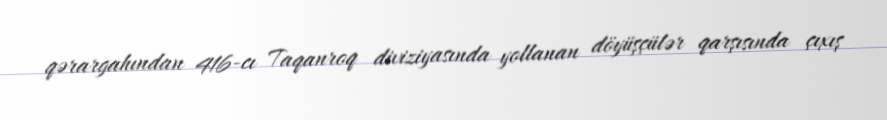
qərargahından 416-cı Taqanroq diviziyasında yollanan döyüşçülər qarşısında çıxış